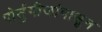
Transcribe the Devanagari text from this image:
पोर्तुगीजांपासून